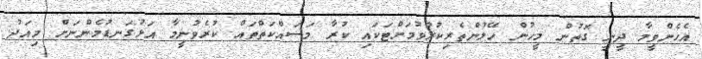
އެހެންވީމާ ދީނީ ގޮތުން މީހުން ހޭލުންތެރިކުރުވުމަށްޓަކައި ކުރާ މަސައްކަތްތައް ކުރެވުނީމާ އަޅުގަނޑުމެންނަށް މިއަދު